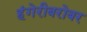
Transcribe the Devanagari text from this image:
हंगेरीबरोबर